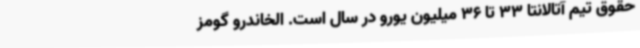
حقوق تیم آتالانتا 33 تا 36 میلیون یورو در سال است. الخاندرو گومز